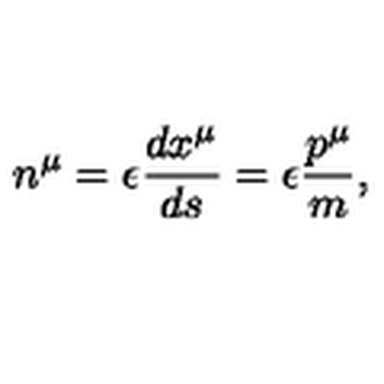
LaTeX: n ^ { \mu } = \epsilon \frac { d x ^ { \mu } } { d s } = \epsilon \frac { p ^ { \mu } } m ,